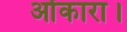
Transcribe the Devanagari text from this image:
ओंकारा।